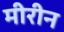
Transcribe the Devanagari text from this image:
मीरीन